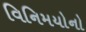
વિનિમયોનો